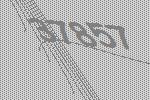
37857